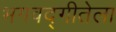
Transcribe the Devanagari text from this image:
भगवद्गीतेला